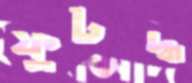
ফুটদ্ধ